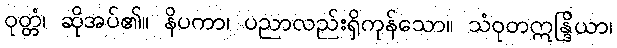
ဝုတ္တံ၊ ဆိုအပ်၏။ နိပကာ၊ ပညာလည်းရှိကုန်သော။ သံဝုတဣန္ဒြိယာ၊